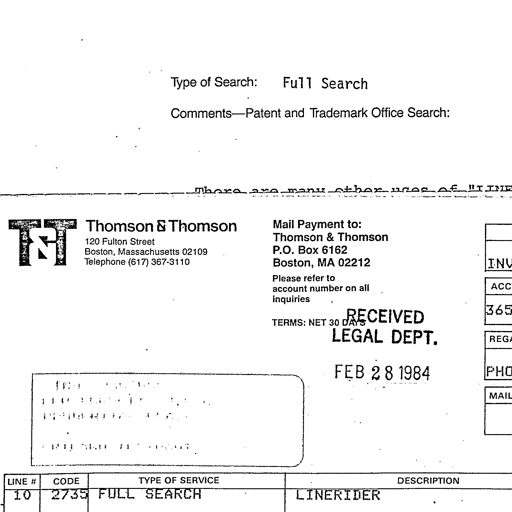
Type of Search: Full Search
Comments-Patent and Trademark Office Search:

There are many other uses of "LINE
T&T Thomson & Thomson
120 Fulton Street
Boston, Massachusetts 02109
Telephone (617) 367-31110
Mail Payment to:
Thomson & Thomson
P.O. Box 6162
Boston, MA 02212
Please refer to account number on all inquiries
TERMS: NET 30 DAYS
RECEIVED LEGAL DEPT. FEB 28 1984
INV
ACC
365
REG
PHO
MAIL
LINE # CODE TYPE OF SERVICE DESCRIPTION
10 2735 FULL SEARCH LINERIDER